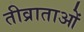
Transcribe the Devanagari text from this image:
तीव्राताओं